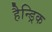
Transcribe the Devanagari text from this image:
हैन्ड्रिक